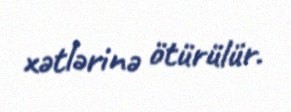
xətlərinə ötürülür.